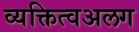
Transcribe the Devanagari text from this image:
व्यक्तित्वअलग